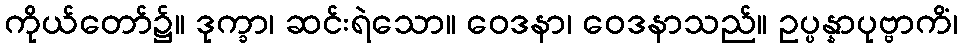
ကိုယ်တော်၌။ ဒုက္ခာ၊ ဆင်းရဲသော။ ဝေဒနာ၊ ဝေဒနာသည်။ ဥပ္ပန္နာပုဗ္ဗာကိံ၊